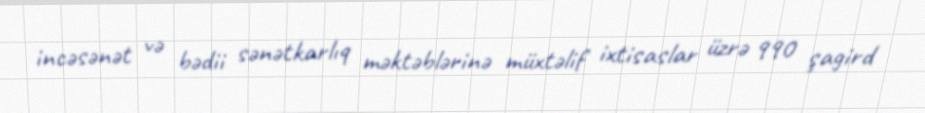
incəsənət və bədii sənətkarlıq məktəblərinə müxtəlif ixtisaslar üzrə 990 şagird